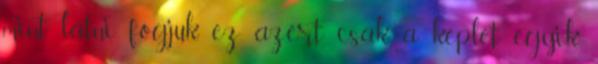
mint látni fogjuk ez azért csak a képlet egyik